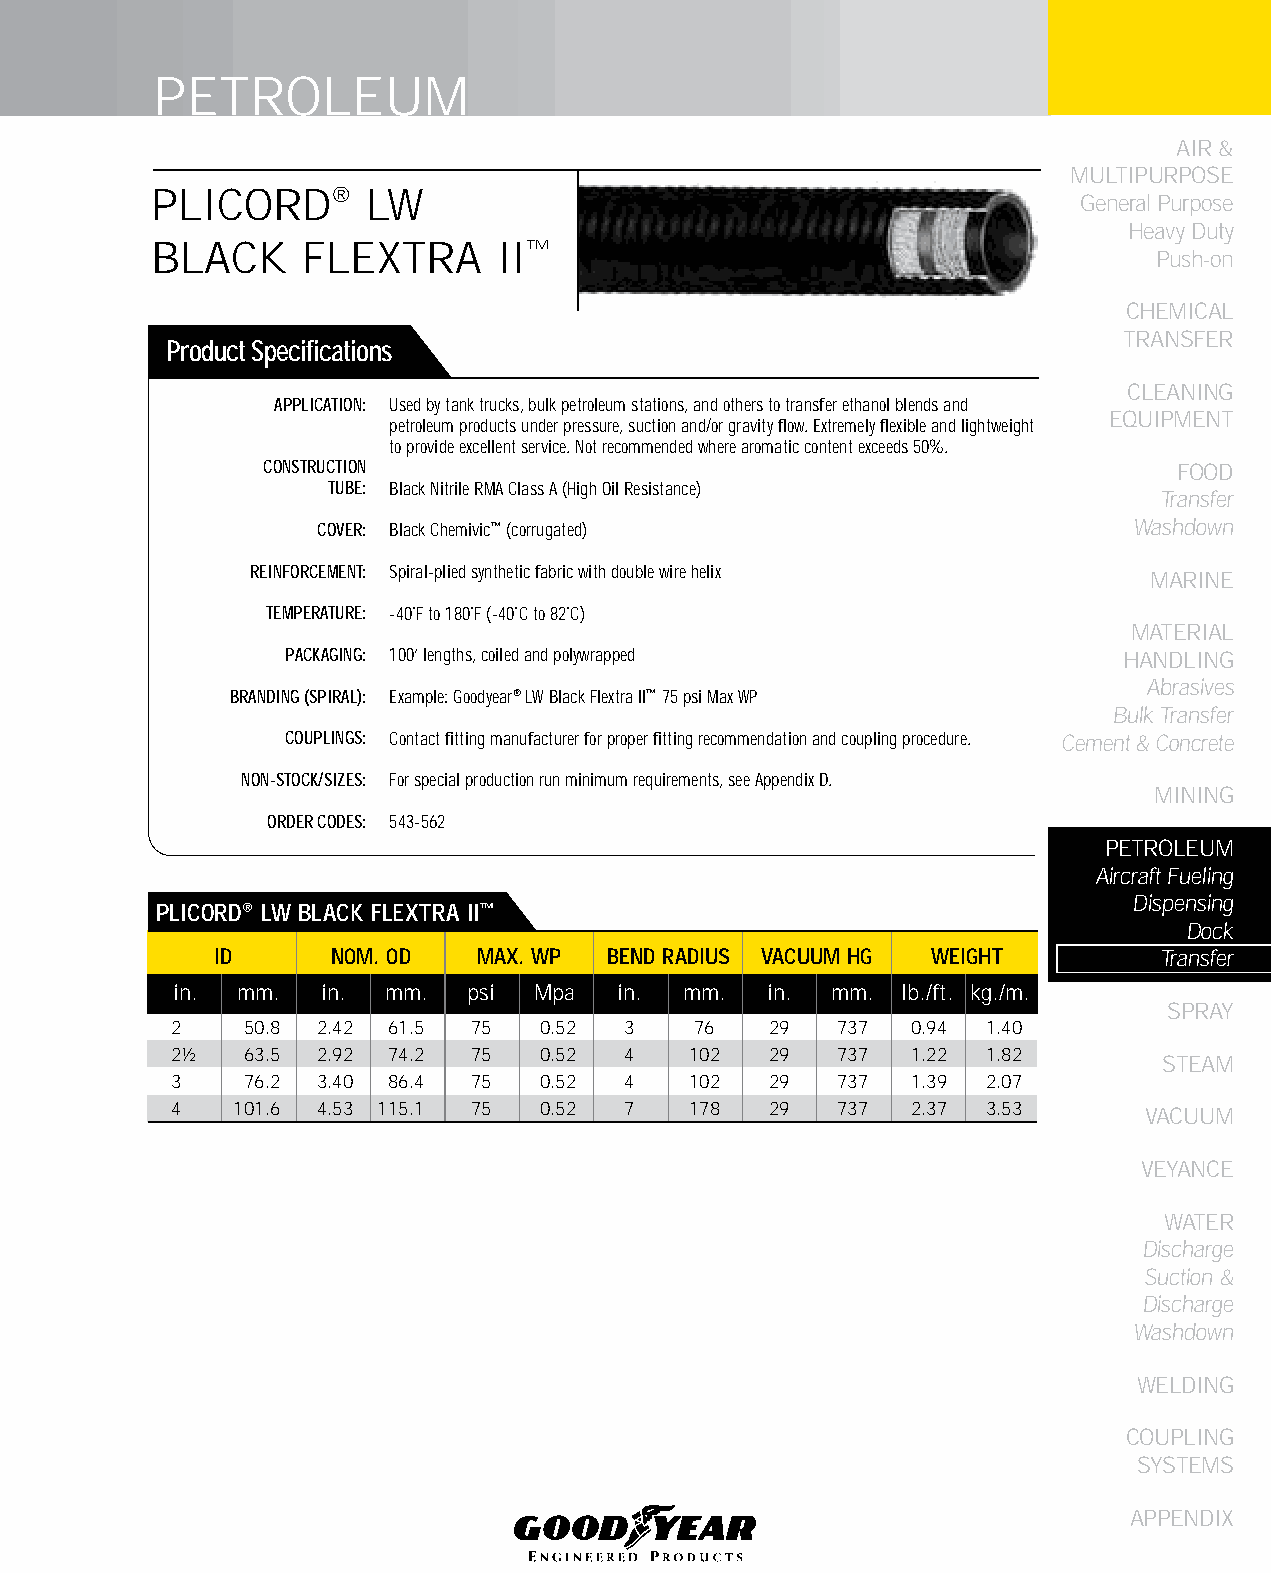
PETROLEUM
 AIR &
 MULTIPURPOSE
 PLICORD®      LW
 General Purpose
 Heavy Duty
 BLACK     FLEXTRA      II™
 Push-on
 CHEMICAL
 TRANSFER
 Product Specifications
 CLEANING
 APPLICATION: Used by tank trucks, bulk petroleum stations, and others to transfer ethanol blends and
 EqUIPMENT
 petroleum products under pressure, suction and/or gravity flow. Extremely flexible and lightweight
 to provide excellent service. Not recommended where aromatic content exceeds 50%.
 CONSTRUCTION                                                FOOD
 TUBE: Black Nitrile RMA Class A (High Oil Resistance)
 Transfer
 COVER: Black Chemivic™ (corrugated)                   Washdown
 REINFORCEMENT: Spiral-plied synthetic fabric with double wire helix
 MARINE
 TEMPERATURE: -40˚F to 180˚F (-40˚C to 82˚C)
 MATERIAL
 PACKAGING: 100’ lengths, coiled and polywrapped        HANDLING
 Abrasives
 BRANDING (SPIRAL): Example: Goodyear® LW Black Flextra II™ 75 psi Max WP
 Bulk Transfer
 COUPLINGS: Contact fitting manufacturer for proper fitting recommendation and coupling procedure. Cement & Concrete
 NON-STOCK/SIZES: For special production run minimum requirements, see Appendix D.
 MINING
 ORDER CODES: 543-562
 PETROLEUM
 Aircraft Fueling
 Dispensing
 PLICORD® LW bLACk fLEXTRA II™
 Dock
 ID      NOM. OD   MAX. WP bEND RADIUS VACUUM HG WEIGHT         Transfer
 in. mm.  in.  mm.  psi Mpa   in. mm.   in. mm.  lb./ft. kg./m.
 SPRAY
 2    50.8 2.42 61.5 75   0.52 3    76   29  737  0.94 1.40
 2½   63.5 2.92 74.2 75   0.52 4    102  29  737  1.22 1.82
 STEAM
 3    76.2 3.40 86.4 75   0.52 4    102  29  737  1.39 2.07
 4    101.6 4.53 115.1 75 0.52 7    178  29  737  2.37 3.53       VACUUM
 VEYANCE
 WATER
 Discharge
 Suction &
 Discharge
 Washdown
 WELDING
 COUPLING
 SYSTEMS
 APPENDIX
 185